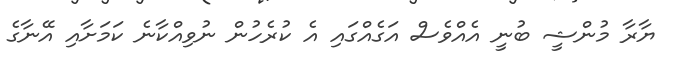
ޔާރާ މުންޝީ ބުނީ އެއްވެސް އަގެއްގައި އެ ކުރެހުން ނުވިއްކާނެ ކަަމަށާއި އޭނާގެ